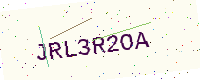
Text: JRL3R2OA